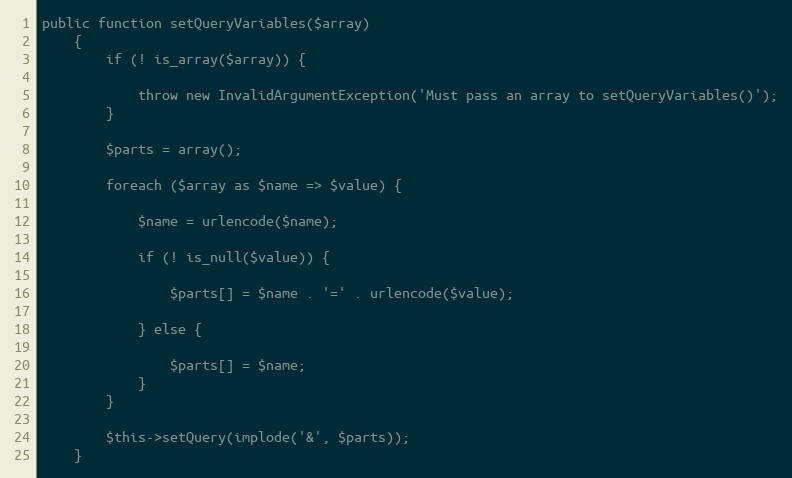
Language: PHP
public function setQueryVariables($array)
    {
        if (! is_array($array)) {

            throw new InvalidArgumentException('Must pass an array to setQueryVariables()');
        }

        $parts = array();

        foreach ($array as $name => $value) {

            $name = urlencode($name);

            if (! is_null($value)) {

                $parts[] = $name . '=' . urlencode($value);

            } else {

                $parts[] = $name;
            }
        }

        $this->setQuery(implode('&', $parts));
    }